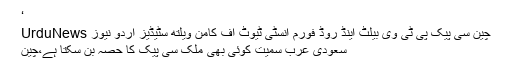
‘
چین سی پیک پی ٹی وی بیلٹ اینڈ روڈ فورم انسٹی ٹیوٹ آف کامن ویلتھ سٹیڈیز اردو نیوز UrduNews
سعودی عرب سمیت کوئی بھی ملک سی پیک کا حصہ بن سکتا ہے،چین